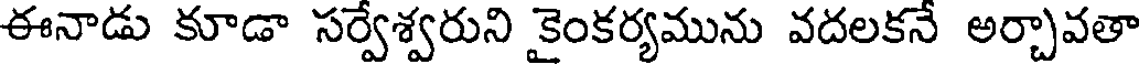
ఈనాడు కూడా సర్వేశ్వరుని కైంకర్యమును వదలకనే అర్చావతా